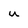
Character: u